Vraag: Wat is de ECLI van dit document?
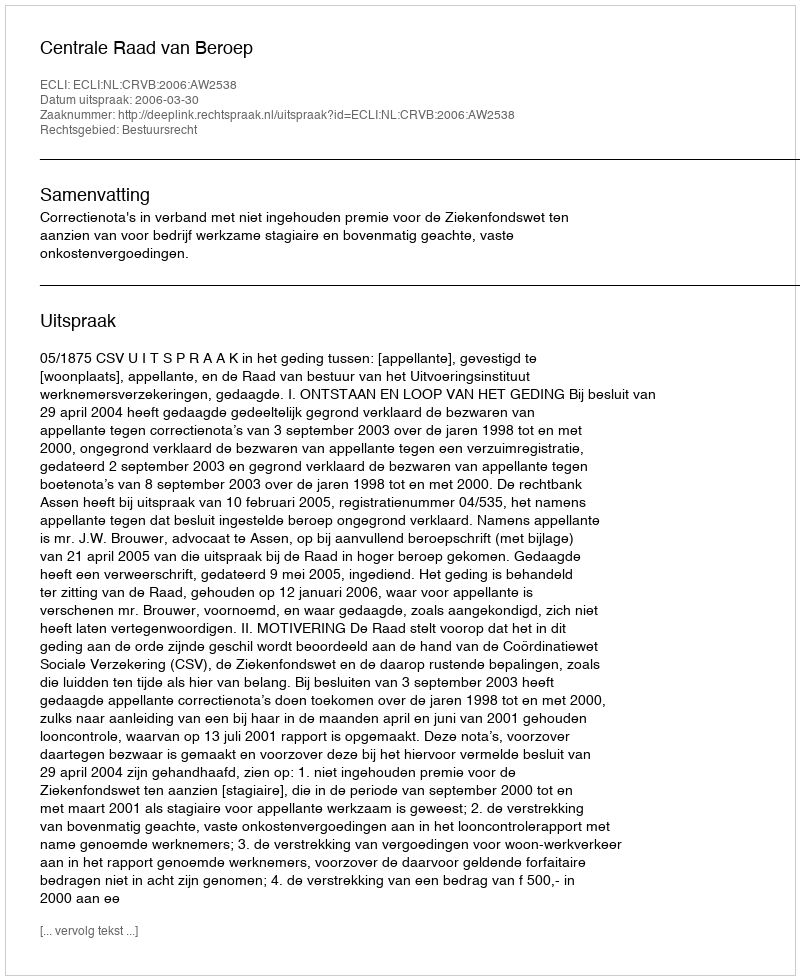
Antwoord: ECLI:NL:CRVB:2006:AW2538